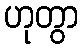
ဟုတွာ